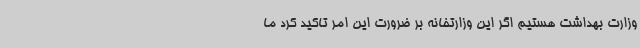
وزارت بهداشت هستیم اگر این وزارتخانه بر ضرورت این امر تاکید کرد ما